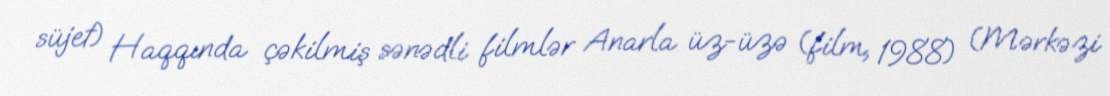
süjet) Haqqında çəkilmiş sənədli filmlər Anarla üz-üzə (film, 1988) (Mərkəzi